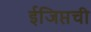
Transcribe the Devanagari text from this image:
ईजिप्तची